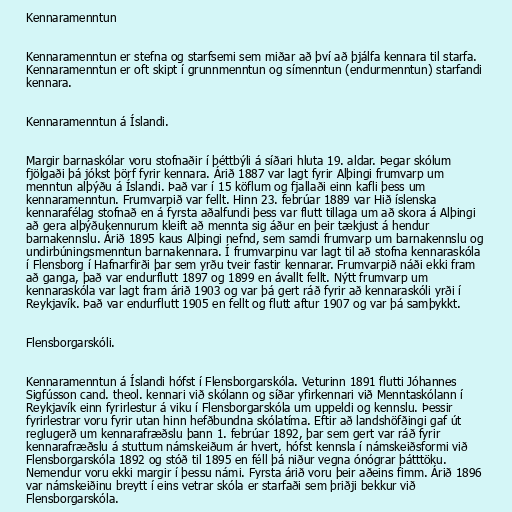
Kennaramenntun

Kennaramenntun er stefna og starfsemi sem miðar að því að þjálfa kennara til starfa.
Kennaramenntun er oft skipt í grunnmenntun og símenntun (endurmenntun) starfandi
kennara.

Kennaramenntun á Íslandi.

Margir barnaskólar voru stofnaðir í þéttbýli á síðari hluta 19. aldar. Þegar skólum
fjölgaði þá jókst þörf fyrir kennara. Árið 1887 var lagt fyrir Alþingi frumvarp um
menntun alþýðu á Íslandi. Það var í 15 köflum og fjallaði einn kafli þess um
kennaramenntun. Frumvarpið var fellt. Hinn 23. febrúar 1889 var Hið íslenska
kennarafélag stofnað en á fyrsta aðalfundi þess var flutt tillaga um að skora á Alþingi
að gera alþýðukennurum kleift að mennta sig áður en þeir tækjust á hendur
barnakennslu. Árið 1895 kaus Alþingi nefnd, sem samdi frumvarp um barnakennslu og
undirbúningsmenntun barnakennara. Í frumvarpinu var lagt til að stofna kennaraskóla
í Flensborg í Hafnarfirði þar sem yrðu tveir fastir kennarar. Frumvarpið náði ekki fram
að ganga, það var endurflutt 1897 og 1899 en ávallt fellt. Nýtt frumvarp um
kennaraskóla var lagt fram árið 1903 og var þá gert ráð fyrir að kennaraskóli yrði í
Reykjavík. Það var endurflutt 1905 en fellt og flutt aftur 1907 og var þá samþykkt.

Flensborgarskóli.

Kennaramenntun á Íslandi hófst í Flensborgarskóla. Veturinn 1891 flutti Jóhannes
Sigfússon cand. theol. kennari við skólann og síðar yfirkennari við Menntaskólann í
Reykjavík einn fyrirlestur á viku í Flensborgarskóla um uppeldi og kennslu. Þessir
fyrirlestrar voru fyrir utan hinn hefðbundna skólatíma. Eftir að landshöfðingi gaf út
reglugerð um kennarafræðslu þann 1. febrúar 1892, þar sem gert var ráð fyrir
kennarafræðslu á stuttum námskeiðum ár hvert, hófst kennsla í námskeiðsformi við
Flensborgarskóla 1892 og stóð til 1895 en féll þá niður vegna ónógrar þátttöku.
Nemendur voru ekki margir í þessu námi. Fyrsta árið voru þeir aðeins fimm. Árið 1896
var námskeiðinu breytt í eins vetrar skóla er starfaði sem þriðji bekkur við
Flensborgarskóla.